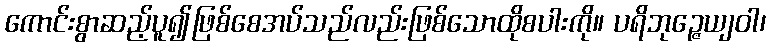
ကောင်းစွာဆည့်ပူ၍ဖြစ်စေအပ်သည်လည်းဖြစ်သောထိုစပါးကို။ ပရိဘုဉ္ဇေယျဝါ၊